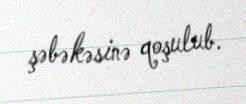
şəbəkəsinə qoşulub.